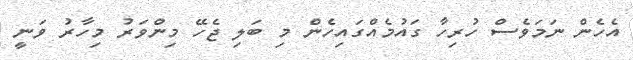
އެހެން ނަމަވެސް ހުރިހާ ގައުމެއްގައިހެން މި ބަލި ޖެހޭ މިންވަރު މިހާރު ވަނީ